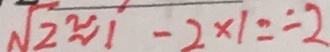
\sqrt { 2 } \approx 1 - 2 \times 1 = - 2